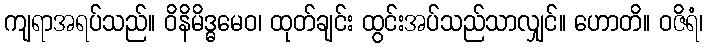
ကျရာအရပ်သည်။ ဝိနိမိဒ္ဓမေဝ၊ ထုတ်ချင်း ထွင်းအပ်သည်သာလျှင်။ ဟောတိ။ ဝဇိရံ၊